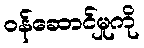
ဝန်ဆောင်မှုကို